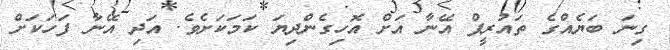
ގިނަ ބަޔެއްގެ ތައުރީފް އޭނާ އަށް އޮހިގެންދިޔަ ކަމަކަށެވެ. އަދި އޭނާ ފަހަކަށް